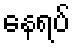
နေရပ်